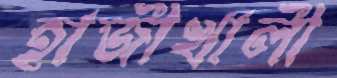
হাজীখালী